Medical and sanitary report of the native army of Bengal for the year
Year: 1876
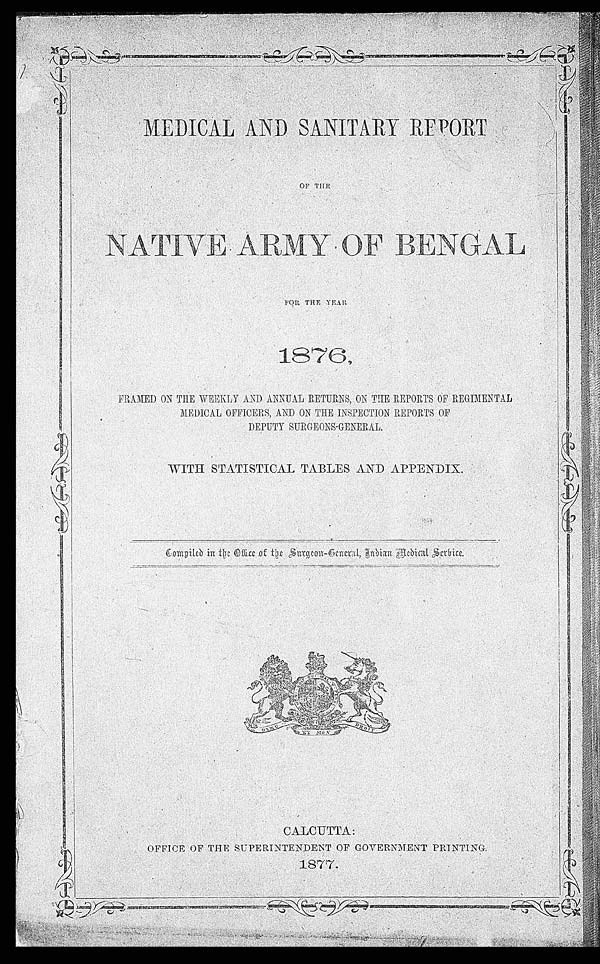
MEDI CAL AND SANI TARY REPORT
OF THE
N A T I V E A R M Y O F B E N G A L
FOR THE YEAR
1876.
FRAMED ON THE WEEKLY AND ANNUAL RETURNS, ON THE REPORTS OF REGIMENTAL
MEDICAL OFFICERS, AND ON THE INSPECTION REPORTS OF
DEPUTY SURGEONS-GENERAL.
WITH STATISTICAL TABLES AND APPENDIX.
Compiled in the Office of the Surgeon-General, India Medical Service.
CALCUTTA:
OFFICE OF THE SUPERINTENDENT OF GOVERNMENT PRINTING.
1877.